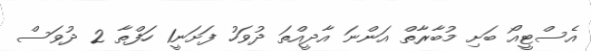
އެސްޓީއޯ ބަށި މުބާރާތް އަންނަ އާދީއްތަ ދުވަހު ފަށަނީ1 ހަފްތާ 2 ދުވަސް